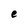
Character: e